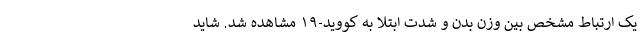
یک ارتباط مشخص بین وزن بدن و شدت ابتلا به کووید-۱۹ مشاهده شد. شاید